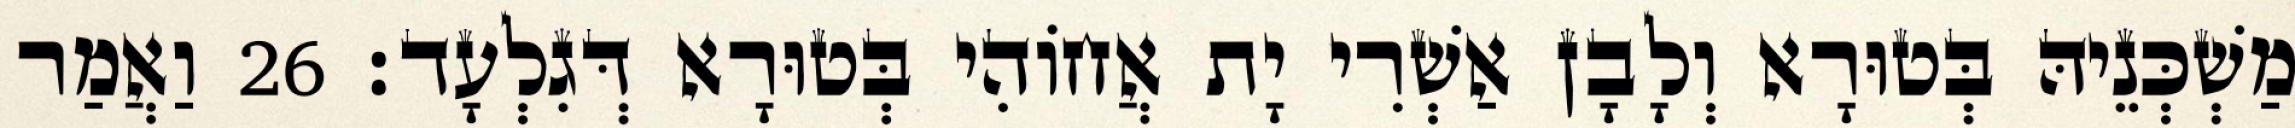
מַשְׁכְּנֵיהּ בְּטוּרָא וְלָבָן אַשְׁרִי יָת אֲחוֹהִי בְּטוּרָא דְּגִלְעָד׃ 26 וַאֲמַר